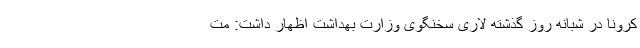
کرونا در شبانه ‌روز گذشته لاری سخنگوی وزارت بهداشت اظهار داشت: مت